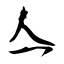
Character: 亼